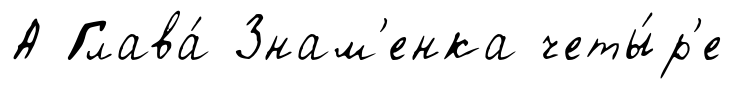
А Глава́ Знам'енка четы́р'е